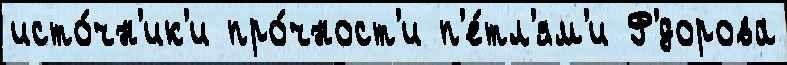
исто́чн'ик'и про́чност'и п'е́тл'ям'и Ф'́дорова